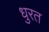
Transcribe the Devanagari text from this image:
धुरत